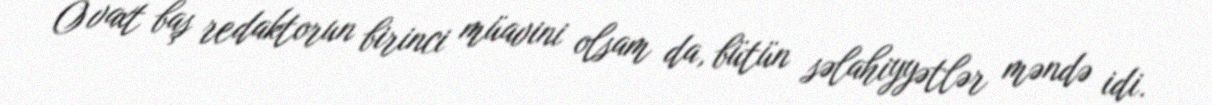
O vaxt baş redaktorun birinci müavini olsam da, bütün səlahiyyətlər məndə idi.